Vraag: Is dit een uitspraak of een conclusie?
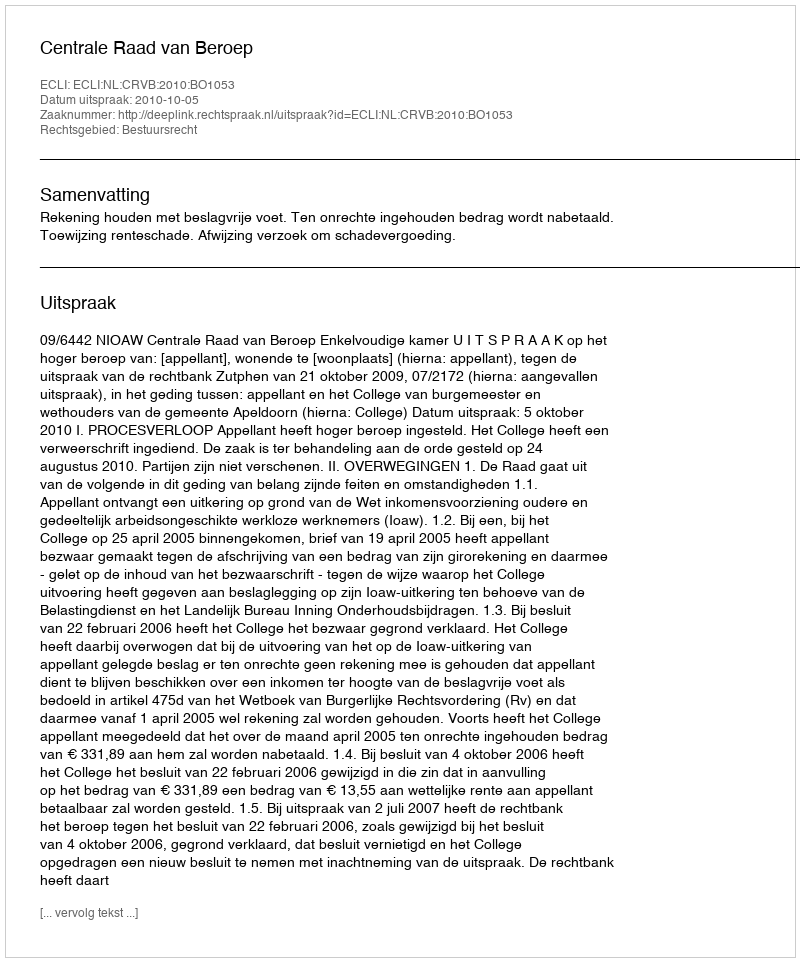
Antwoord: Uitspraak